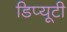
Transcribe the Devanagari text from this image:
डिप्यूटी